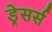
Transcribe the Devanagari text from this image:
ड्रेसर्स